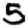
Digit: 5